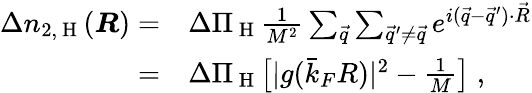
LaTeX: \begin{array}{rl}{\Delta n_{2,\mathrm{~H~}}(\boldsymbol{R})=}&{{}\Delta\Pi_{\mathrm{~H~}}\frac{1}{M^{2}}\sum_{\vec{q}}\sum_{\vec{q}^{\prime}\neq\vec{q}}e^{i(\vec{q}-\vec{q}^{\prime})\cdot\vec{R}}}\\ {=}&{{}\Delta\Pi_{\mathrm{~H~}}\big[|g(\bar{k}_{F}R)|^{2}-\frac{1}{M}\big]\; ,}\end{array}